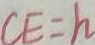
C E = h